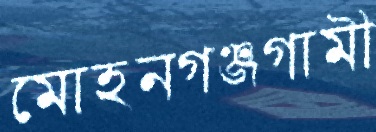
মোহনগঞ্জগামী